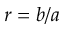
r = b / a